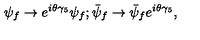
\psi _ { f } \rightarrow e ^ { i \theta \gamma _ { 5 } } \psi _ { f } ; \bar { \psi } _ { f } \rightarrow \bar { \psi } _ { f } e ^ { i \theta \gamma _ { 5 } } ,